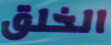
الخلق